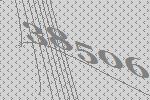
38506